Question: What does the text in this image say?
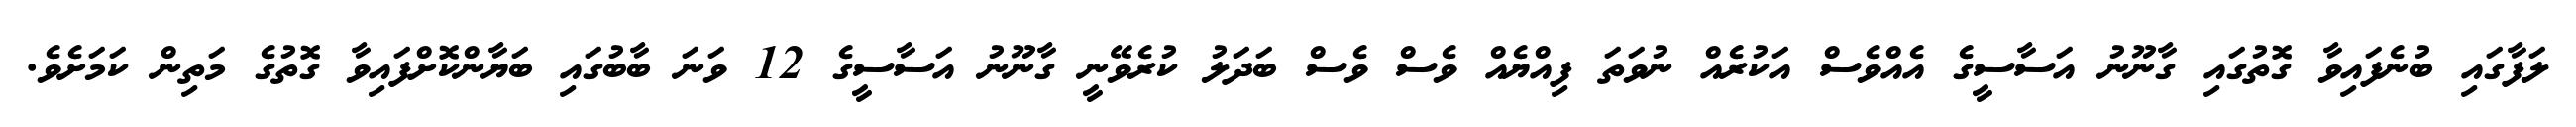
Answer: ލަފާގައި ބުނެފައިވާ ގޮތުގައި ގާނޫނު އަސާސީގެ އެއްވެސް އަކުރެއް ނުވަތަ ފިއްޔެއް ވެސް ވެސް ބަދަލު ކުރެވޭނީ ގާނޫނު އަސާސީގެ 12 ވަނަ ބާބުގައި ބަޔާންކޮށްފައިވާ ގޮތުގެ މަތިން ކަމަށެވެ.